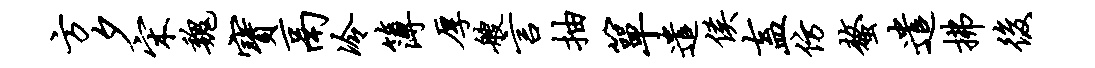
方夕宋魏宝鬲冷簿厚艘言抽箪遣侯盍仿螯遣拂后